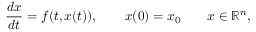
\frac { d x } { d t } = f ( t , x ( t ) ) , \qquad x ( 0 ) = x _ { 0 } \qquad x \in \mathbb { R } ^ { n } ,